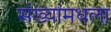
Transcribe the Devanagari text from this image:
संख्यांमधला